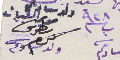
١٨ اب سنة ٩٢٨ ولد سيادتكم مدبر القبيات بطرس كرم ولد سيادتكم